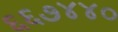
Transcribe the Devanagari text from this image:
६६७४४०